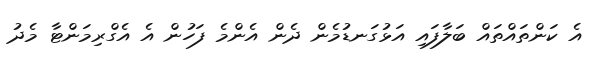
އެ ކަންތައްތައް ބަލާފައި އަޅުގަނޑުމެން ދެން އެންމެ ފަހުން އެ އެގްރިމަންޓާ މެދު